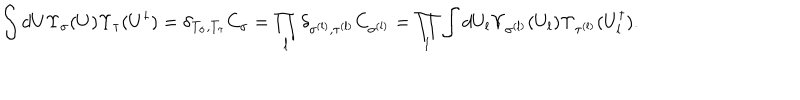
\int d U \Upsilon _ { \sigma } ( U ) \Upsilon _ { \tau } ( U ^ { \dagger } ) = \delta _ { T _ { \sigma } , T _ { \tau } } C _ { \sigma } = \prod _ { l } \delta _ { \sigma ^ { ( l ) } , \tau ^ { ( l ) } } C _ { \sigma ^ { ( l ) } } = \prod _ { l } \int d U _ { l } \Upsilon _ { \sigma ^ { ( l ) } } ( U _ { l } ) \Upsilon _ { \tau ^ { ( l ) } } ( U _ { l } ^ { \dagger } ) .